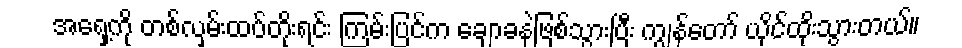
အရှေ့ကို တစ်လှမ်းထပ်တိုးရင်း ကြမ်းပြင်က ချောခနဲဖြစ်သွားပြီး ကျွန်တော် ယိုင်ထိုးသွားတယ်။